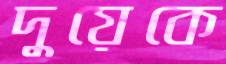
দুয়েকে